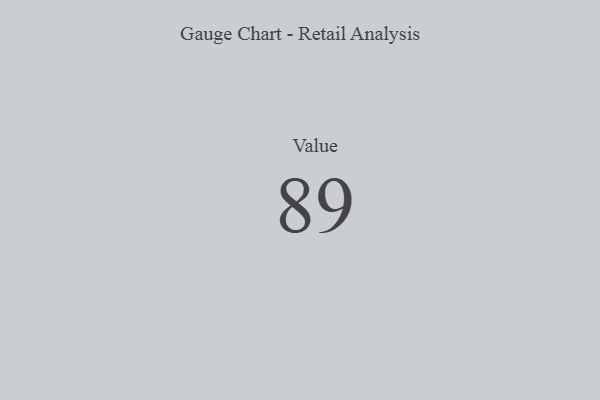
{"axis": {"x": "Metric", "y": "Value"}, "legend": [""], "data": [{"x": "Value", "y": 89, "type": ""}]}